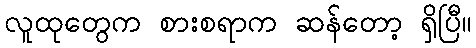
လူထုတွေက စားစရာက ဆန်တော့ ရှိပြီ။